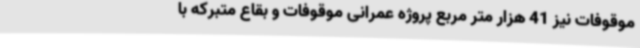
موقوفات نیز 41 هزار متر مربع پروژه عمرانی موقوفات و بقاع متبرکه با